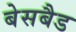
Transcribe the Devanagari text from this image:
बेसबैड